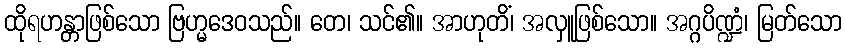
ထိုရဟန္တာဖြစ်သော ဗြဟ္မဒေဝသည်။ တေ၊ သင်၏။ အာဟုတိံ၊ အလှူဖြစ်သော။ အဂ္ဂပိဏ္ဍံ၊ မြတ်သော